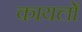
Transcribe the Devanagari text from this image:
कायलों